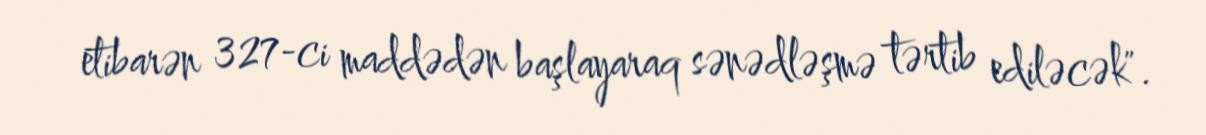
etibarən 327-ci maddədən başlayaraq sənədləşmə tərtib ediləcək".